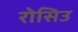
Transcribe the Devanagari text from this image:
रोसिउ